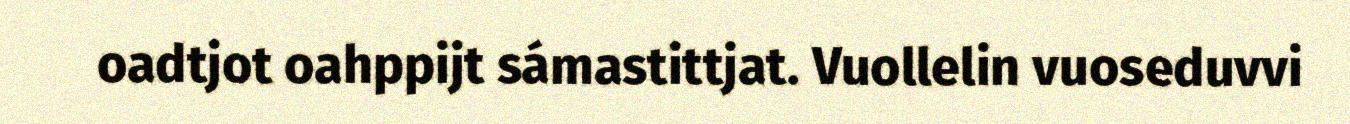
oadtjot oahppijt sámastittjat. Vuollelin vuoseduvvi